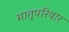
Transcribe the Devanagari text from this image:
मातृपरिवार